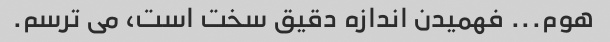
هوم... فهمیدن اندازه دقیق سخت است، می ترسم.